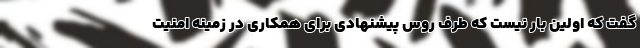
گفت که اولین بار نیست که طرف روس پیشنهادی برای همکاری در زمینه امنیت